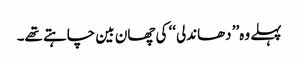
پہلے وہ’’ دھاندلی‘‘ کی چھان بین چاہتے تھے۔